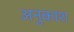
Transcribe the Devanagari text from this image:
अनुकाश